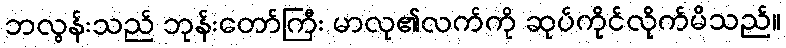
ဘလွန်းသည် ဘုန်းတော်ကြီး မာလု၏လက်ကို ဆုပ်ကိုင်လိုက်မိသည်။